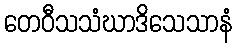
တေဝီသသံဃာဒိသေသာနံ